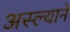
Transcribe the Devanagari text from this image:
अस्ल्याने